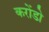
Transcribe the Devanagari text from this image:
करोंडो